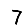
Digit: 7